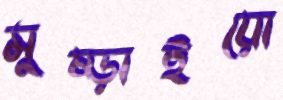
মুষ্‌ড়াইয়ো